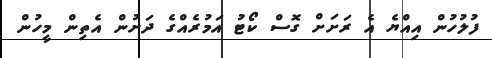
ފުލުހުން އިއްޔެ އެ ރަށަށް ގޮސް ކޯޓު އަމުރެއްގެ ދަށުން އެތިން މީހުން